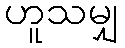
ဟူသမျှ